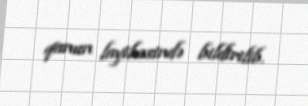
qanun layihəsində bildirilib.